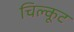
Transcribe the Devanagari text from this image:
चिल्कूट